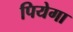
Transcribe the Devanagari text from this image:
पियेगा